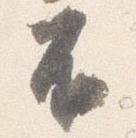
不